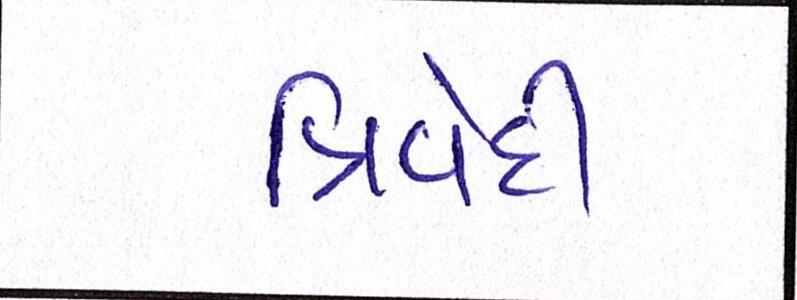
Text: ત્રિવેદી